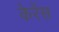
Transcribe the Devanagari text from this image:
केरेंस